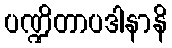
ပဏ္ဍိတာပဒါနာနိ